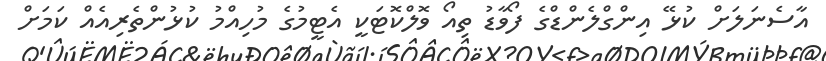
އާސެނަލަށް ކުޅޭ އިންގްލެންޑްގެ ފޯވާޑު ތިއޯ ވޮލްކޮޓަކީ އެޓީމުގެ މުހިއްމު ކުޅުންތެރިއެއް ކަމަށް